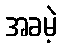
အခမဲ့